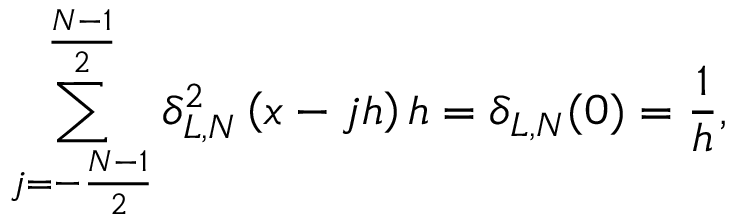
\sum _ { j = - \frac { N - 1 } { 2 } } ^ { \frac { N - 1 } { 2 } } \delta _ { L , N } ^ { 2 } \left( x - j h \right) h = \delta _ { L , N } ( 0 ) = \frac { 1 } { h } ,